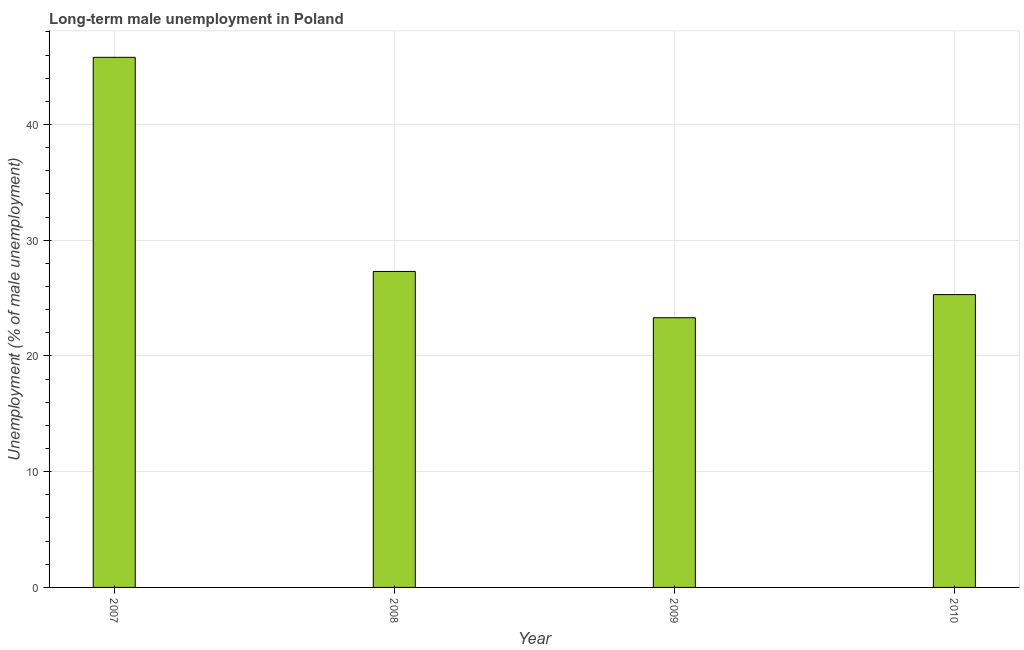
| Year | Long-term unemployment male |
 | --- | --- |
 | 2007 | 45.8 |
 | 2008 | 27.3 |
 | 2009 | 23.3 |
 | 2010 | 25.3 |